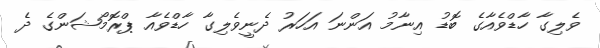
ވެލިގާ ހާޑްވެއާގެ ބޮޑު އިނާމު އަންނަ އަހަރު ދެނީވެލިގާ ހާޑްވެއާ ޕްރޮމޯޝަންގެ ދެ